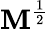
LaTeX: \mathbf{M}^{\frac{{1}}{{2}}}